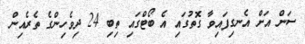
ސަން އަށް އެނގިފައިވާ ގޮތުގައި އެ ބޯޓްގައި ތިބި 24 ދިވެހިންގެ ތެރެއިން